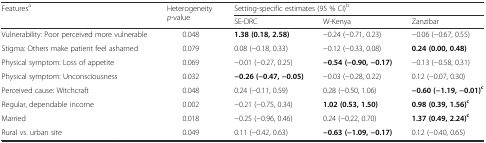
| <ROWSPAN=2> Featuresa | <ROWSPAN=2> Heterogeneity p-value | <COLSPAN=3> Setting-specific estimates (95 % CI)b |
 | SE-DRC | W-Kenya | Zanzibar |
 | --- | --- | --- | --- | --- |
 | Vulnerability: Poor perceived more vulnerable | 0.048 | 1.38 (0.18, 2.58) | −0.24 (−0.71, 0.23) | −0.06 (−0.67, 0.55) |
 | Stigma: Others make patient feel ashamed | 0.079 | 0.08 (−0.18, 0.33) | −0.12 (−0.33, 0.08) | 0.24 (0.00, 0.48) |
 | Physical symptom: Loss of appetite | 0.069 | −0.01 (−0.27, 0.25) | −0.54 (−0.90, −0.17) | −0.13 (−0.58, 0.31) |
 | Physical symptom: Unconsciousness | 0.032 | −0.26 (−0.47, −0.05) | −0.03 (−0.28, 0.22) | 0.12 (−0.07, 0.30) |
 | Perceived cause: Witchcraft | 0.048 | 0.24 (−0.11, 0.59) | 0.28 (−0.50, 1.06) | −0.60 (−1.19, −0.01)c |
 | Regular, dependable income | 0.002 | −0.21 (−0.75, 0.34) | 1.02 (0.53, 1.50) | 0.98 (0.39, 1.56)c |
 | Married | 0.018 | −0.25 (−0.96, 0.46) | 0.24 (−0.22, 0.70) | 1.37 (0.49, 2.24)c |
 | Rural vs. urban site | 0.049 | 0.11 (−0.42, 0.63) | −0.63 (−1.09, −0.17) | 0.12 (−0.40, 0.65) |